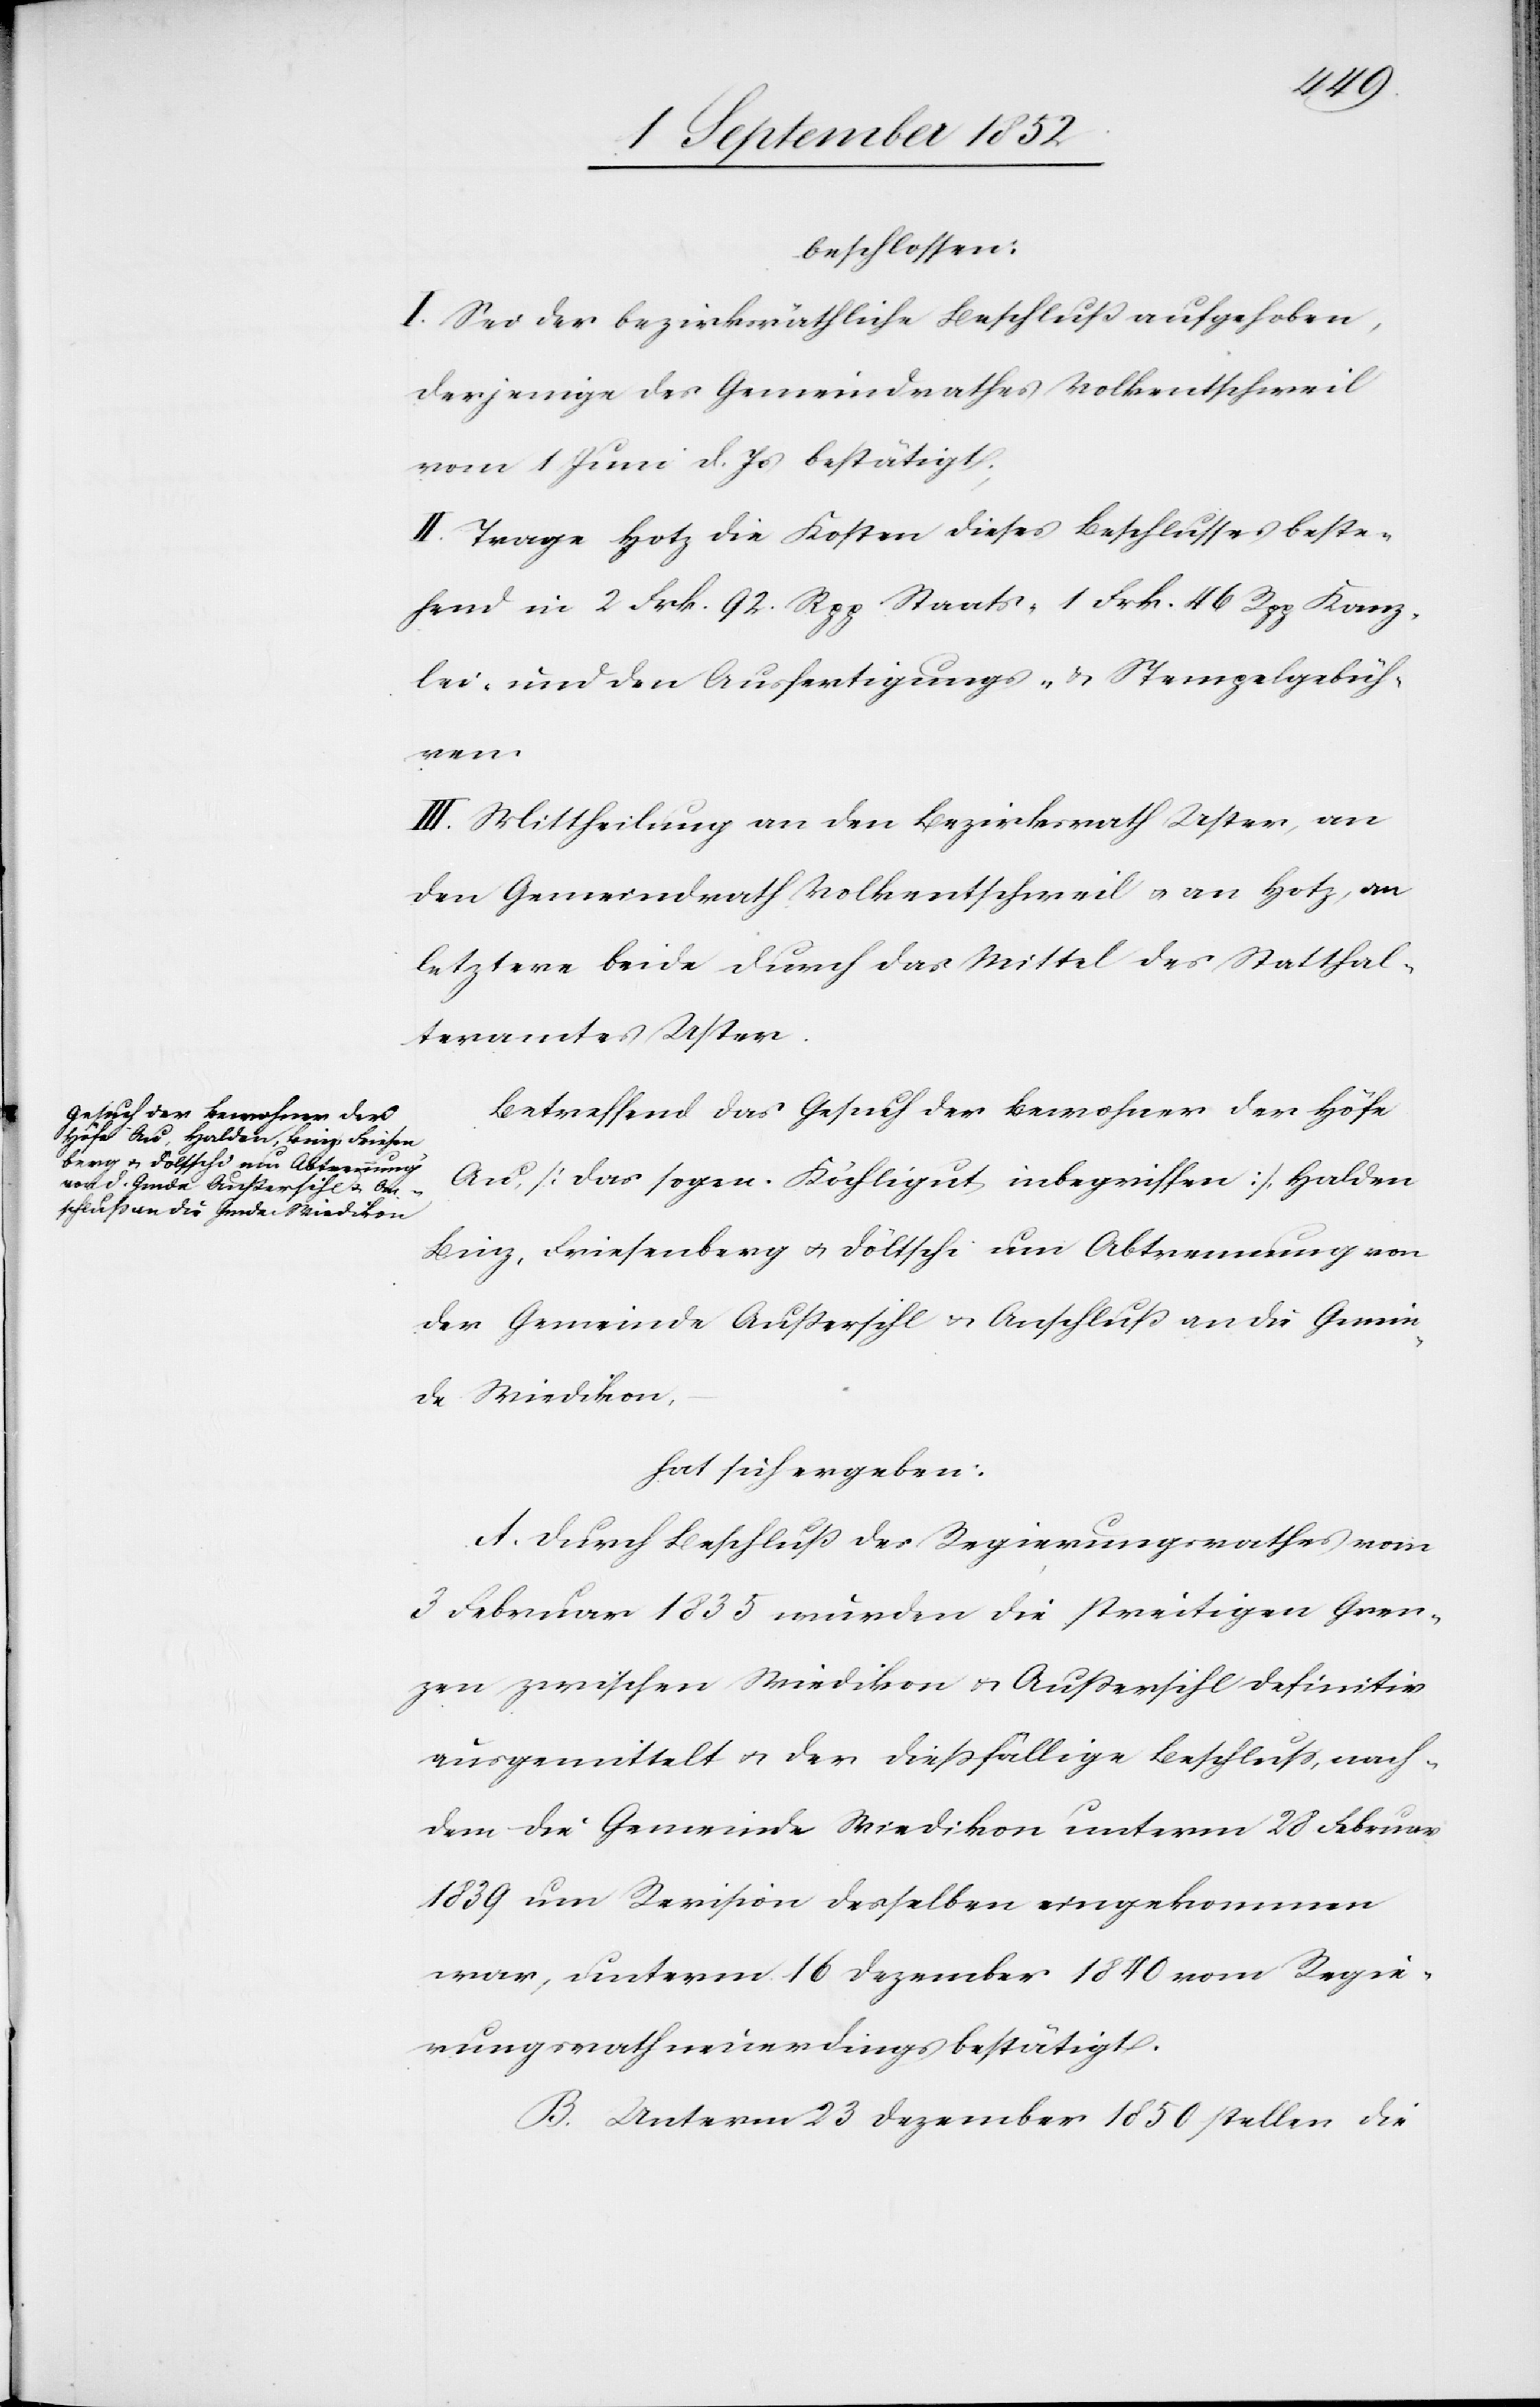
beschlossen:
I. Sei der bezirksräthliche Beschluß aufgehoben,
derjenige des Gemeindrathes Volkentschweil
vom 1 Juni d. Js bestätigt;
II. Trage Hotz die Kosten dieses Beschlusses beste¬
hend in 2 Frk. 92 Rpp Staats-[,] 1 Frk. 46 Rpp Kanz¬
lei- und den Ausfertigungs- & Stempelgebüh¬
ren.
III. Mittheilung an den Bezirksrath Uster, an
den Gemeindrath Volkentschweil & an Hotz, an
letztere beide durch das Mittel des Statthal¬
teramtes Uster.
Betreffend das Gesuch der Bewohner der Höfe
Au, [das sogen. Köchligut inbegriffen], Halden[,]
Binz, Friesenberg & Döltschi um Abtrennung von
der Gemeinde Außersihl & Anschluß an die Gem[e]in¬
de Wiedikon,
hat sich ergeben:
A. Durch Beschluß des Regierungsrathes vom
3 Februar 1835 wurden die streitigen Gren¬
zen zwischen Wiedikon & Außersihl definitiv
ausgemittelt & der diessfällige Beschluss, nach¬
dem die Gemeinde Wiedikon unterm 28 Februar
1839 um Revision desselben eingekommen
war, unterm 16 Dezember 1840 vom Regie¬
rungsrath neuerdings bestätigt.
B. Unterm 23 Dezember 1850 stellen die